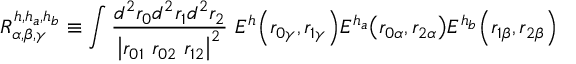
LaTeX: { \cal R } _ { \alpha , \beta , \gamma } ^ { h , h _ { a } , h _ { b } } \equiv \int \frac { d ^ { 2 } r _ { 0 } d ^ { 2 } r _ { 1 } d ^ { 2 } r _ { 2 } } { \left| r _ { 0 1 } \ r _ { 0 2 } \ r _ { 1 2 } \right| ^ { 2 } } \ E ^ { h } { \left( r _ { 0 \gamma } , r _ { 1 \gamma } \right) } E ^ { h _ { a } } { \left( r _ { 0 \alpha } , r _ { 2 \alpha } \right) } E ^ { h _ { b } } { \left( r _ { 1 \beta } , r _ { 2 \beta } \right) }